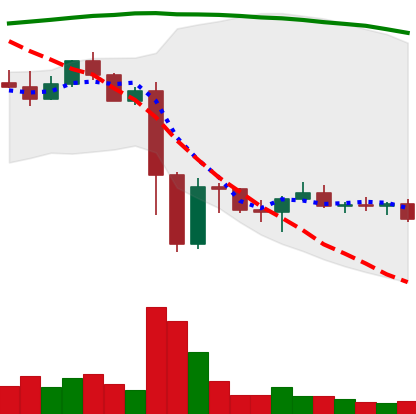
Ticker: EOS-USD
Chart end date: 2022-11-20
Forward return: 7.038%
Label: up_7plus